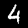
Digit: 4